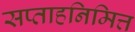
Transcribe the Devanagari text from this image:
सप्ताहनिमित्त